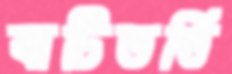
বাটিভর্তি